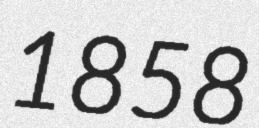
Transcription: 1858